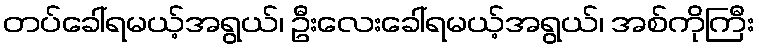
တပ်ခေါ်ရမယ့်အရွယ်၊ ဦးလေးခေါ်ရမယ့်အရွယ်၊ အစ်ကိုကြီး